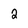
Character: 2